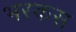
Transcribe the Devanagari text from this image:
भरकस